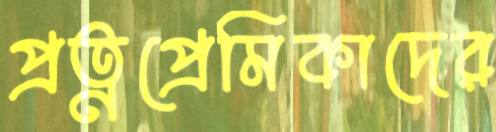
প্রত্নপ্রেমিকাদের